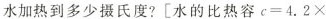
水加热到多少摄氏度?$$\left [ 水 的 比 热 容 c = 4 . 2 \times